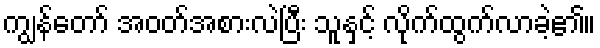
ကျွန်တော် အဝတ်အစားလဲပြီး သူနှင့် လိုက်ထွက်လာခဲ့၏။